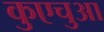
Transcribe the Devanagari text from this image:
कुएचुआ